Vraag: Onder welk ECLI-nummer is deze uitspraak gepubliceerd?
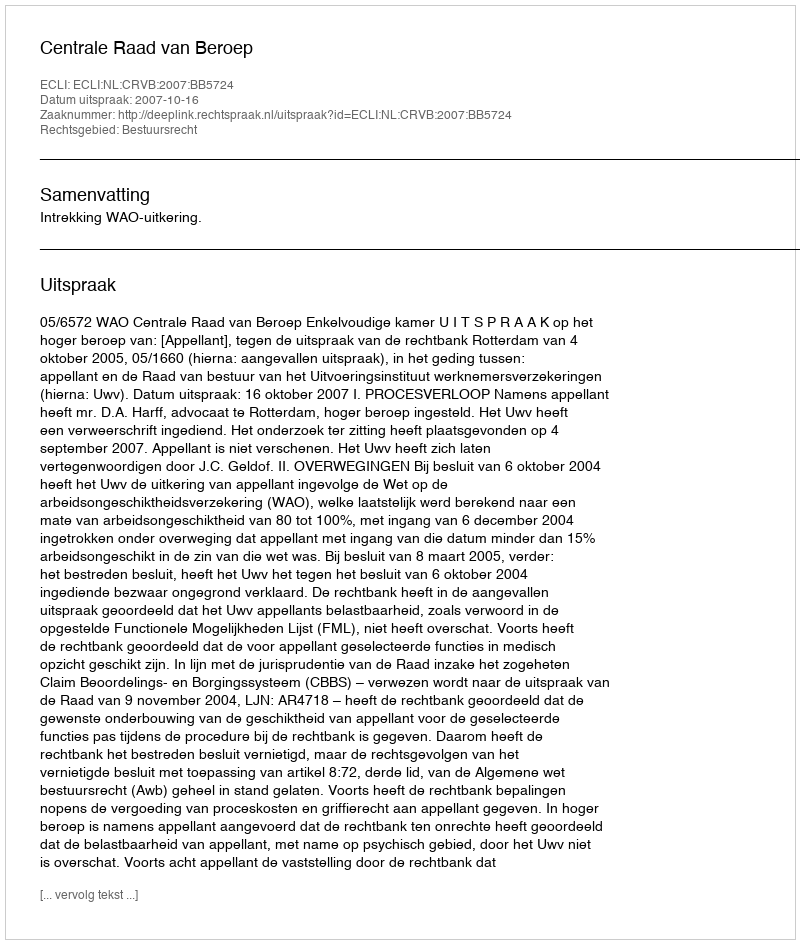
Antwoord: ECLI:NL:CRVB:2007:BB5724